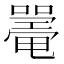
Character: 𡁥